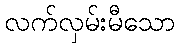
လက်လှမ်းမီသော